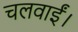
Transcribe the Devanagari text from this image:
चलवाईं।